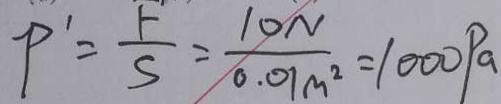
P ^ { \prime } = \frac { F } { S } = \frac { 1 0 N } { 0 . 0 1 m ^ { 2 } } = 1 0 0 0 P a